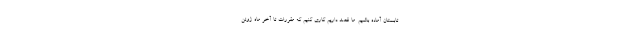
تابستان آماده باشیم. ما قصد داریم کاری کنیم که مقررات تا آخر ماه ژوئن